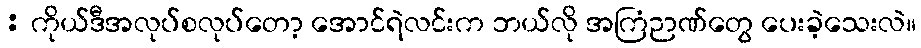
: ကိုယ်ဒီအလုပ်စလုပ်တော့ အောင်ရဲလင်းက ဘယ်လို အကြံဉာဏ်တွေ ပေးခဲ့သေးလဲ။